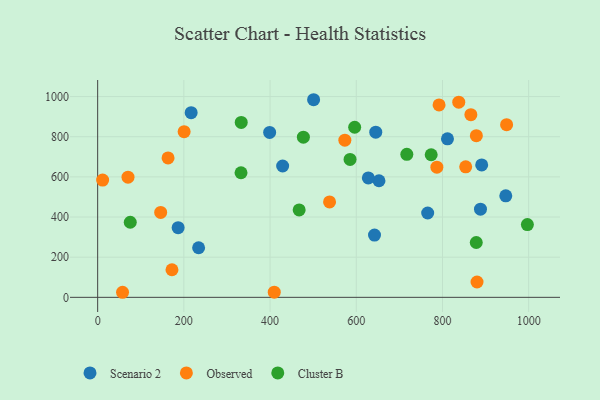
{"axis": {"x": "Study Hours", "y": "Sales"}, "legend": ["Cluster B", "Observed", "Scenario 2"], "data": [{"x": "811.6", "y": 789.7, "type": "Scenario 2"}, {"x": "645.2", "y": 822.9, "type": "Scenario 2"}, {"x": "888.2", "y": 439.3, "type": "Scenario 2"}, {"x": "186.7", "y": 347.0, "type": "Scenario 2"}, {"x": "765.7", "y": 420.1, "type": "Scenario 2"}, {"x": "652.7", "y": 580.7, "type": "Scenario 2"}, {"x": "891.0", "y": 659.5, "type": "Scenario 2"}, {"x": "216.9", "y": 919.8, "type": "Scenario 2"}, {"x": "946.9", "y": 505.5, "type": "Scenario 2"}, {"x": "429.2", "y": 654.1, "type": "Scenario 2"}, {"x": "399.0", "y": 821.5, "type": "Scenario 2"}, {"x": "628.0", "y": 594.7, "type": "Scenario 2"}, {"x": "642.3", "y": 310.3, "type": "Scenario 2"}, {"x": "501.0", "y": 984.3, "type": "Scenario 2"}, {"x": "234.2", "y": 247.0, "type": "Scenario 2"}, {"x": "146.2", "y": 423.0, "type": "Observed"}, {"x": "409.7", "y": 25.5, "type": "Observed"}, {"x": "573.5", "y": 782.6, "type": "Observed"}, {"x": "200.6", "y": 825.4, "type": "Observed"}, {"x": "172.4", "y": 137.4, "type": "Observed"}, {"x": "837.8", "y": 971.9, "type": "Observed"}, {"x": "787.0", "y": 648.3, "type": "Observed"}, {"x": "163.3", "y": 694.3, "type": "Observed"}, {"x": "70.4", "y": 598.6, "type": "Observed"}, {"x": "57.7", "y": 25.2, "type": "Observed"}, {"x": "865.9", "y": 909.9, "type": "Observed"}, {"x": "538.0", "y": 475.4, "type": "Observed"}, {"x": "948.8", "y": 860.0, "type": "Observed"}, {"x": "11.5", "y": 584.2, "type": "Observed"}, {"x": "878.6", "y": 805.3, "type": "Observed"}, {"x": "853.9", "y": 650.2, "type": "Observed"}, {"x": "792.1", "y": 958.3, "type": "Observed"}, {"x": "880.2", "y": 76.4, "type": "Observed"}, {"x": "997.0", "y": 362.2, "type": "Cluster B"}, {"x": "75.6", "y": 373.9, "type": "Cluster B"}, {"x": "467.5", "y": 435.6, "type": "Cluster B"}, {"x": "332.6", "y": 620.5, "type": "Cluster B"}, {"x": "596.3", "y": 847.3, "type": "Cluster B"}, {"x": "477.3", "y": 798.0, "type": "Cluster B"}, {"x": "878.4", "y": 273.1, "type": "Cluster B"}, {"x": "773.8", "y": 710.1, "type": "Cluster B"}, {"x": "333.1", "y": 871.0, "type": "Cluster B"}, {"x": "717.3", "y": 712.5, "type": "Cluster B"}, {"x": "585.6", "y": 686.9, "type": "Cluster B"}]}